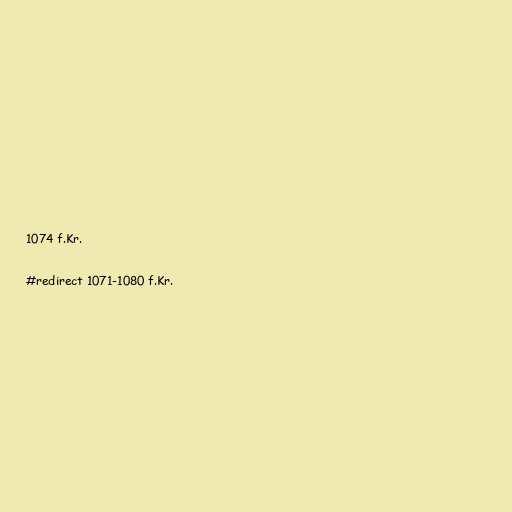
1074 f.Kr.

#redirect 1071-1080 f.Kr.